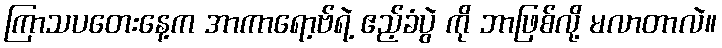
ကြာသပတေးနေ့က အာကာရော့ဗ်ရဲ့ ဧည့်ခံပွဲ ကို ဘာဖြစ်လို့ မလာတာလဲ။